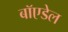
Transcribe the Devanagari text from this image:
बॉएडेल